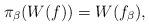
LaTeX: \begin{align*}\pi_\beta(W(f)) =W(f_\beta),\end{align*}